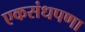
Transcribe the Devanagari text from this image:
एकसंधपणा